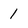
Character: 1